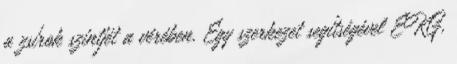
a zsírok szintjét a vérében. Egy szerkezet segítségével EKG,